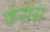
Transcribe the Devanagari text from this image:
कंसस